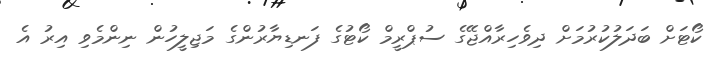
ކޯޓަށް ބަދަލުކުރުމަށް ދިވެހިރާއްޖޭގެ ސުޕްރީމް ކޯޓުގެ ފަނޑިޔާރުންގެ މަޖިލީހުން ނިންމެވި އިރު އެ